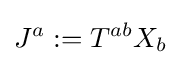
J^{a}:=T^{ab}X_{b}